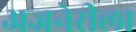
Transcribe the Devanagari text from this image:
अजनेरीला